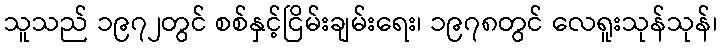
သူသည် ၁၉၇၂တွင် စစ်နှင့်ငြိမ်းချမ်းရေး၊ ၁၉၇၈တွင် လေရူးသုန်သုန်၊